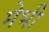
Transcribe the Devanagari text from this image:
मेभी